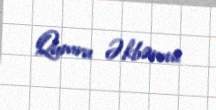
Qumru Əkbərova